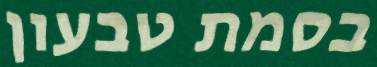
בסמת טבעון